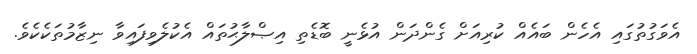
އެވަގުތުގައި އެހެން ބައެއް ކުރިއަށް ގެންދަން އުޅެނީ ބޮޑެތި އިޞްލާޙުތައް އެކުލެވިފައިވާ ނިޒާމުތަކެކެވެ.